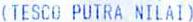
(TESCO PUTRA NILAI)